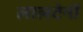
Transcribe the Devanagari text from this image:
लालटेनों